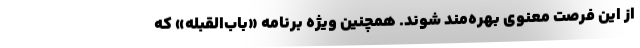
از این فرصت معنوی بهره‌مند شوند. همچنین ویژه برنامه «باب‌القبله» که